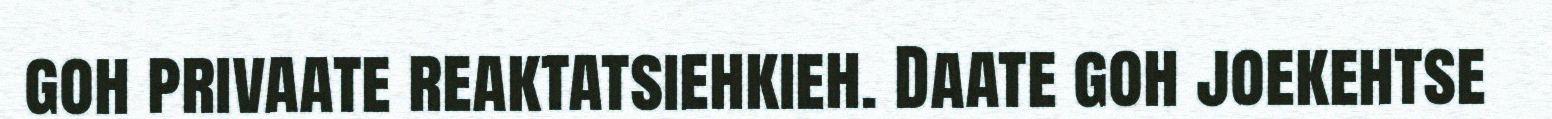
goh privaate reaktatsiehkieh. Daate goh joekehtse